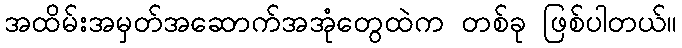
အထိမ်းအမှတ်အဆောက်အအုံတွေထဲက တစ်ခု ဖြစ်ပါတယ်။